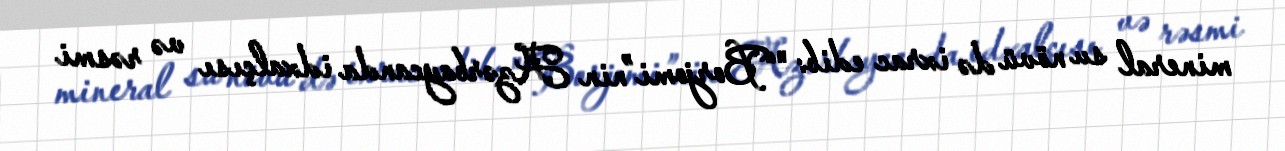
mineral su növü də ixrac edib: "“Borjomi”nin Azərbaycanda idxalçısı və rəsmi